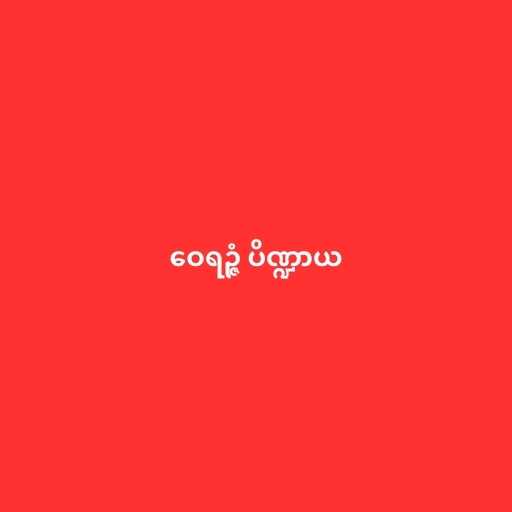
ဝေရဉ္ဇံ ပိဏ္ဍာယ